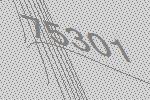
75301